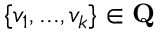
\{ v _ { 1 } , . . . , v _ { k } \} \in \mathbf { Q }